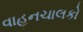
વાહનચાલકો